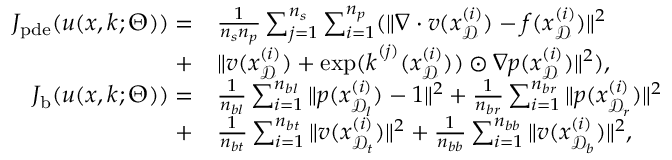
\begin{array} { r l } { J _ { \mathrm { p d e } } ( u ( \boldsymbol { x } , \boldsymbol { k } ; \Theta ) ) = } & { \frac { 1 } { n _ { s } n _ { p } } \sum _ { j = 1 } ^ { n _ { s } } \sum _ { i = 1 } ^ { n _ { p } } ( \| \nabla \cdot \boldsymbol { v } ( \boldsymbol { x } _ { \mathcal { D } } ^ { ( i ) } ) - f ( \boldsymbol { x } _ { \mathcal { D } } ^ { ( i ) } ) \| ^ { 2 } } \\ { + } & { \| \boldsymbol { v } ( \boldsymbol { x } _ { \mathcal { D } } ^ { ( i ) } ) + \exp ( \boldsymbol { k } ^ { ( j ) } ( \boldsymbol { x } _ { \mathcal { D } } ^ { ( i ) } ) ) \odot \nabla p ( \boldsymbol { x } _ { \mathcal { D } } ^ { ( i ) } ) \| ^ { 2 } ) , } \\ { J _ { \mathrm { b } } ( u ( \boldsymbol { x } , \boldsymbol { k } ; \Theta ) ) = } & { \frac { 1 } { n _ { b l } } \sum _ { i = 1 } ^ { n _ { b l } } \| p ( \boldsymbol { x } _ { \mathcal { D } _ { l } } ^ { ( i ) } ) - 1 \| ^ { 2 } + \frac { 1 } { n _ { b r } } \sum _ { i = 1 } ^ { n _ { b r } } \| p ( \boldsymbol { x } _ { \mathcal { D } _ { r } } ^ { ( i ) } ) \| ^ { 2 } } \\ { + } & { \frac { 1 } { n _ { b t } } \sum _ { i = 1 } ^ { n _ { b t } } \| \boldsymbol { v } ( \boldsymbol { x } _ { \mathcal { D } _ { t } } ^ { ( i ) } ) \| ^ { 2 } + \frac { 1 } { n _ { b b } } \sum _ { i = 1 } ^ { n _ { b b } } \| \boldsymbol { v } ( \boldsymbol { x } _ { \mathcal { D } _ { b } } ^ { ( i ) } ) \| ^ { 2 } , } \end{array}